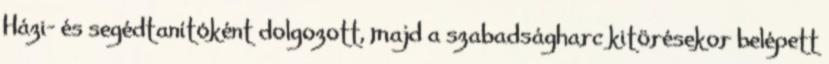
Házi- és segédtanítóként dolgozott, majd a szabadságharc kitörésekor belépett